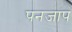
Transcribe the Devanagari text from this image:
पनजाप